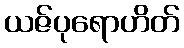
ယဇ်ပုရောဟိတ်